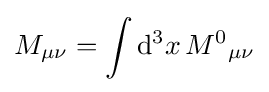
M_{\mu \nu }=\int \mathrm {d} ^{3}x\,{M^{0}}_{\mu \nu }